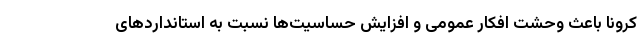
کرونا باعث وحشت افکار عمومی و افزایش حساسیت‌ها نسبت به استانداردهای